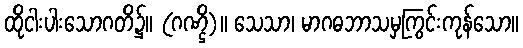
ထိုငါးပါးသောဂတိ၌။ (ဂဏ္ဌိ)။ သေသာ၊ မာဂဓဘာသမှကြွင်းကုန်သော။